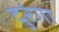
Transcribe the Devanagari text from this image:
दुरंगा